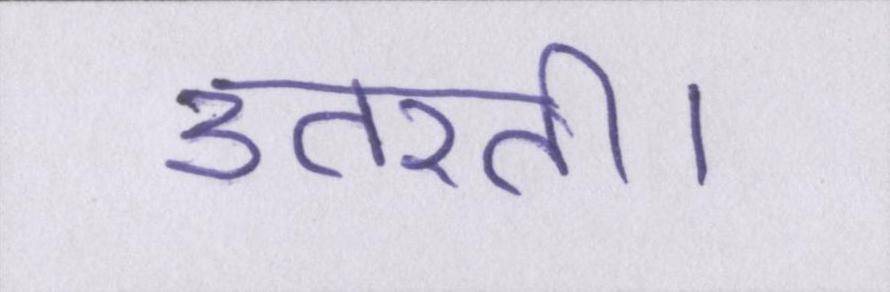
उतरती।